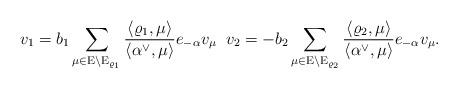
LaTeX: \begin{align*}v_1 = b_1 \sum \limits_{\mu \in \mathrm E \setminus \mathrm E_{\varrho_1}} \frac{\langle \varrho_1, \mu \rangle}{\langle \alpha^\vee, \mu \rangle} e_{-\alpha}v_\mu \; \; v_2 = -b_2 \sum \limits_{\mu \in \mathrm E \setminus \mathrm E_{\varrho_2}} \frac{\langle \varrho_2, \mu \rangle}{\langle \alpha^\vee, \mu \rangle} e_{-\alpha}v_\mu.\end{align*}